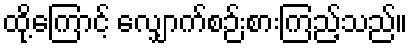
ထို့ကြောင့် လျှောက်စဉ်းစားကြည့်သည်။